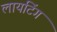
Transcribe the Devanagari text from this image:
लायटिंग